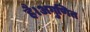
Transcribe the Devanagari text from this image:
है।अगुणित